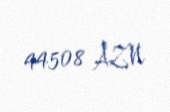
44508 AZN